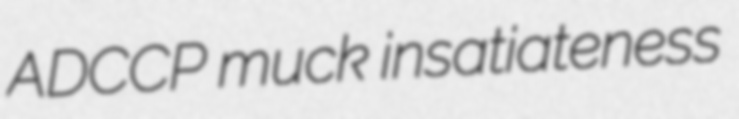
ADCCP muck insatiateness